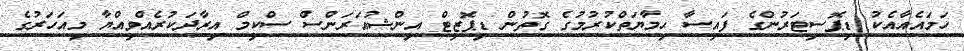
ހަމައެއާއެކު ޑިޕޮސިޓަރުންގެ ފައިސާ ޙިމާޔަތްކުރުމުގެ ގޮތުން ޑިޕޮޒިޓް އިންޝުއަރަންސް ސްކީމް އިރާދަކުރެއްވިއްޔާ މިއަހަރުގެ